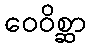
ဝေဝိစ္ဆာ